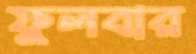
ফুলবার